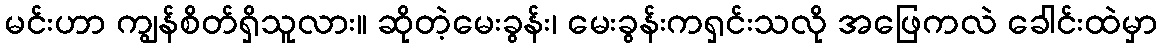
မင်းဟာ ကျွန်စိတ်ရှိသူလား။ ဆိုတဲ့မေးခွန်း၊ မေးခွန်းကရှင်းသလို အဖြေကလဲ ခေါင်းထဲမှာ